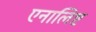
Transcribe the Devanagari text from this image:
एनालिष्ट